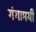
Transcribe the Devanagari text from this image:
गंगामयी